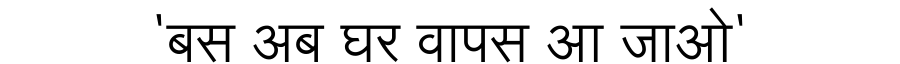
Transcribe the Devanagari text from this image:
'बस अब घर वापस आ जाओ'